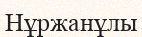
Нұржанұлы